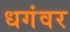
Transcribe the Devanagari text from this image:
धगंवर